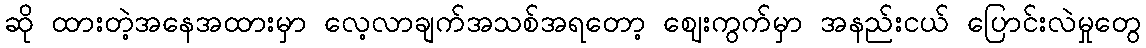
ဆို ထားတဲ့အနေအထားမှာ လေ့လာချက်အသစ်အရတော့ ဈေးကွက်မှာ အနည်းငယ် ပြောင်းလဲမှုတွေ